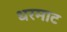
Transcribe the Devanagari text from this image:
धरमाट